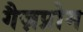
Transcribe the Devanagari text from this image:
गैज़प्रोम